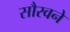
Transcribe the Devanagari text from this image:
सौरवने